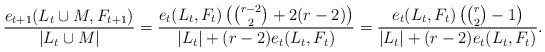
LaTeX: \begin{align*} \frac{e_{t+1}(L_{t} \cup M, F_{t+1})}{|L_{t} \cup M|} = \frac{e_t(L_t, F_t) \left ( \binom{r-2}{2}+2(r-2) \right )}{|L_t|+(r-2)e_t(L_t, F_t)} = \frac{e_t(L_t, F_t) \left ( \binom{r}{2}-1 \right )}{|L_t|+(r-2)e_t(L_t, F_t)}.\end{align*}